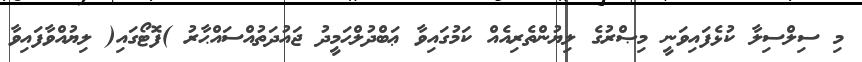
މި ސިލްސިލާ ކުޅެފައިވަނީ މިޞްރުގެ ލިޔުންތެރިއެއް ކަމުގައިވާ ޢަބްދުލްޙަމީދު ޖައުދަތުއްސައްޙާރު )ފޮޓޯގައި( ލިޔުއްވާފައިވާ